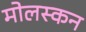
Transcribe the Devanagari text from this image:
मोलस्कन